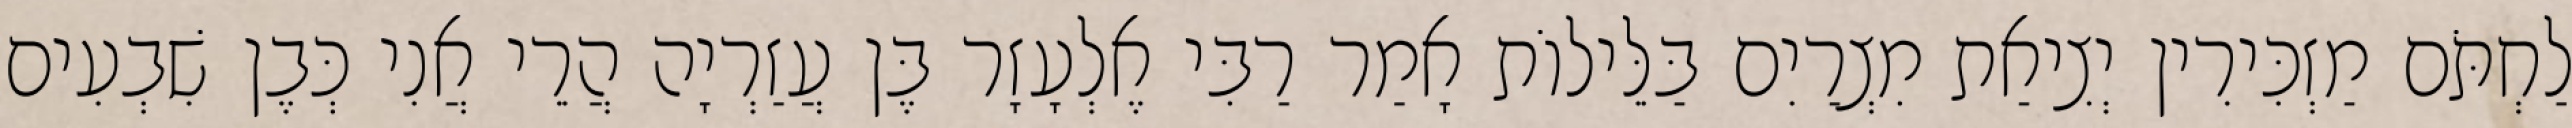
לַחְתֹּם מַזְכִּירִין יְצִיאַת מִצְרַיִם בַּלֵּילוֹת אָמַר רַבִּי אֶלְעָזָר בֶּן עֲזַרְיָה הֲרֵי אֲנִי כְּבֶן שִׁבְעִים